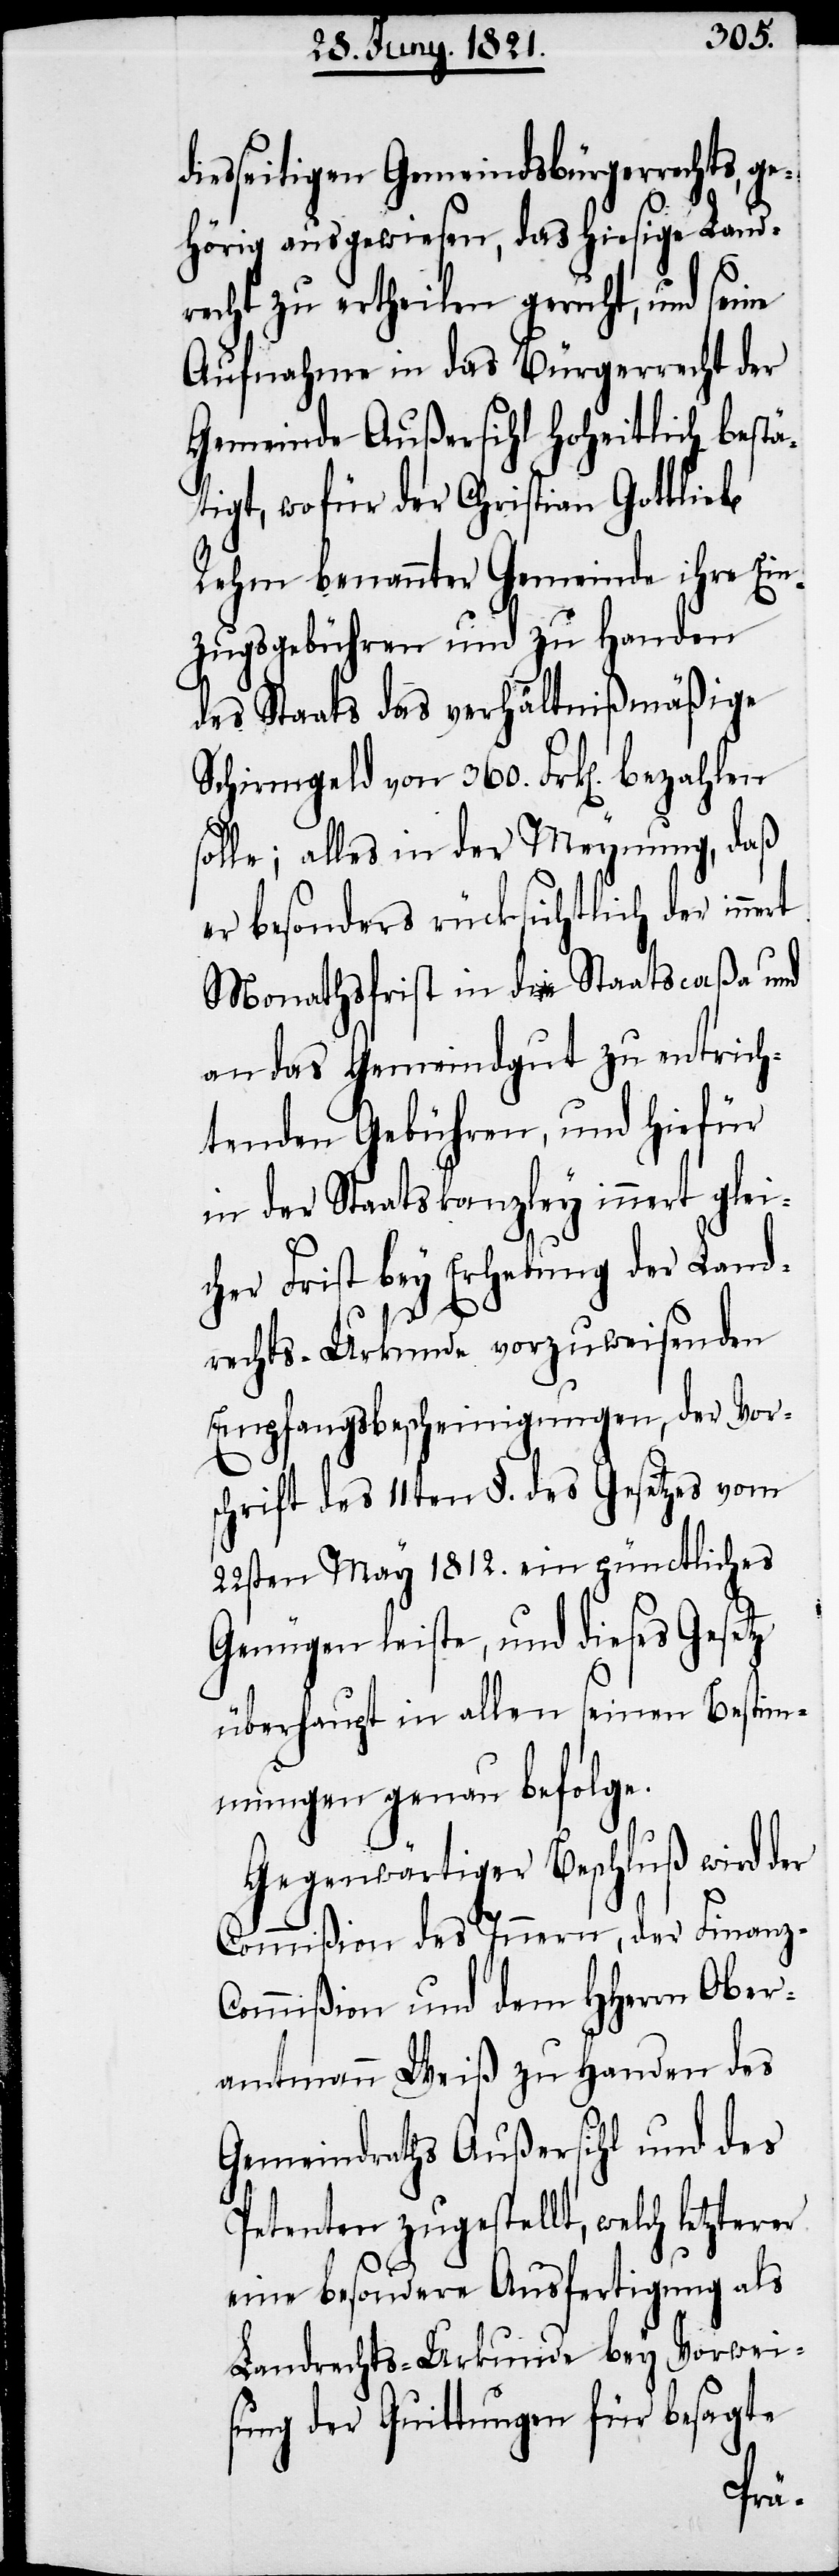
iesseitigen Gemeindsbürgerrechts, g¬
ehörig ausgewiesen, das hiesige Land¬
recht zu ertheilen geruht, und seine
Aufnahme in das Bürgerrecht der
Gemeinde Außersihl hoheitlich bestä¬
tigt, wofür der Christian Gottlieb
Rehm benannter Gemeinde ihre Ein¬
zugsgebühr und zu Handen
des Staats das verhältnißmäßige
Schirmgeld von 360. Frk[en]. bezahlen
solle; alles in der Meynung, daß
er besonders rücksichtlich der inne¬
Monathsfrist in die Staatscaßa und
an das Gemeindgut zu entrich¬
tenden Gebühren, und hiefür
in der Staatskanzley innert glei¬
cher Frist bey Erhebung der Land¬
rechts-Urkunde vorzuweisenden
Empfangsbescheinigungen, der Vor¬
schrift des 11ten §. des Gesetzes vom
22sten May 1812. ein pünctliches
Genügen leiste, und dieses Gesetz
überhaupt in allen seinen Bestim¬
mungen genau befolge.
Gegenwärtiger Beschluß wird der
Commißion des Innern, der Finanz-C¬
ommißion und dem HHerrn Ober¬
amtmann Weiß zu Handen des
Gemeindraths Außersihl und des
Petenten zugestellt, welch letzterer
eine besondere Ausfertigung als
Landrechts-Urkunde bey Vorwei¬
sung der Quittungen für besagte
rt